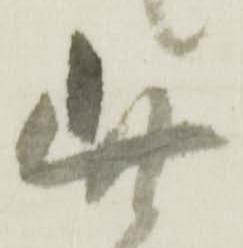
此